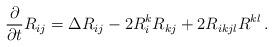
LaTeX: \begin{align*}\frac{\partial}{\partial t}R_{ij}=\Delta R_{ij} -2 R^{k}_{i}R_{kj}+2R_{ikjl}R^{kl} \, .\end{align*}